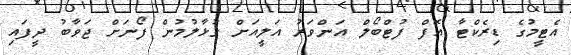
އެޓީމުގެ ޑިރެކްޓާ އޮފް ފުޓްބޯލް އަންވަރު އަލީއަށް ގުޅާލުމުން ފޯނަށް ޖަވާބު ދީފައި